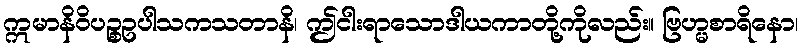
ဣမာနိဝိပဉ္စဥပါသကသတာနိ၊ ဤငါးရာသောဒါယကာတို့ကိုလည်း။ ဗြဟ္မစာရိနော၊